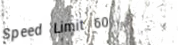
Speed Limit 60